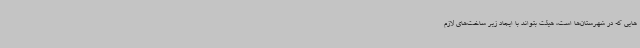
هایی که در شهرستان‌ها است، هیئت بتواند با ایجاد زیر ساخت‌های لازم